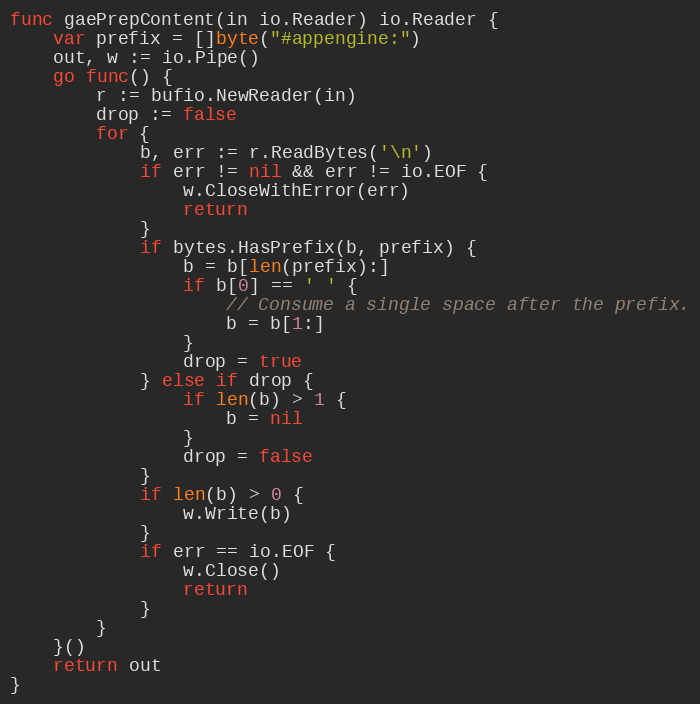
Language: Go
func gaePrepContent(in io.Reader) io.Reader {
	var prefix = []byte("#appengine:")
	out, w := io.Pipe()
	go func() {
		r := bufio.NewReader(in)
		drop := false
		for {
			b, err := r.ReadBytes('\n')
			if err != nil && err != io.EOF {
				w.CloseWithError(err)
				return
			}
			if bytes.HasPrefix(b, prefix) {
				b = b[len(prefix):]
				if b[0] == ' ' {
					// Consume a single space after the prefix.
					b = b[1:]
				}
				drop = true
			} else if drop {
				if len(b) > 1 {
					b = nil
				}
				drop = false
			}
			if len(b) > 0 {
				w.Write(b)
			}
			if err == io.EOF {
				w.Close()
				return
			}
		}
	}()
	return out
}